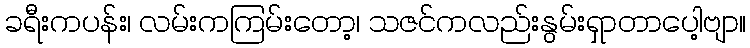
ခရီးကပန်း၊ လမ်းကကြမ်းတော့၊ သဇင်ကလည်းနွမ်းရှာတာပေါ့ဗျာ။